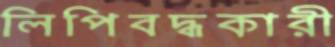
লিপিবদ্ধকারী